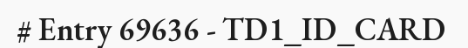
# Entry 69636 - TD1_ID_CARD